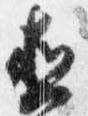
直